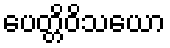
ပေတ္တိဝိသယော